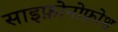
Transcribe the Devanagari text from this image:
साइफ़ोनोफ़ोश